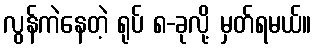
လွန်ကဲနေတဲ့ ရုပ် ၈-ခုလို့ မှတ်ရမယ်။